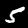
Label: 5